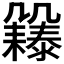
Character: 𠙲